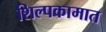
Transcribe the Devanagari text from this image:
शिल्पकामात